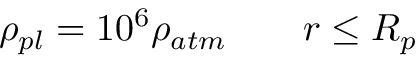
\rho _ { { p l } } = 1 0 ^ { 6 } \rho _ { { a t m } } \qquad r \leq { R _ { p } }